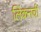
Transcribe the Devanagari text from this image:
लिंकनची